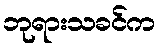
ဘုရားသခင်က